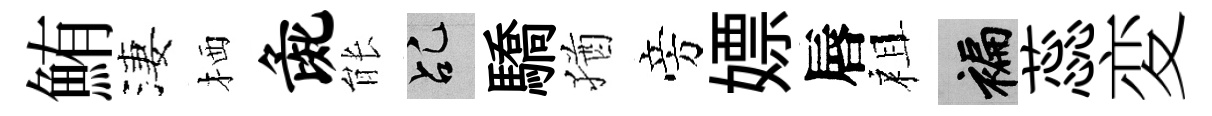
鮪淒栖彘䏻乩驕猶旁嫖唇祖褊蕊変